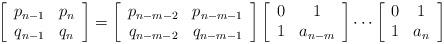
LaTeX: \begin{align*}\left[\begin{array}{cc}p_{n-1} & p_{n}\\ q_{n-1} & q_{n}\end{array}\right]=\left[\begin{array}{cc}p_{n-m-2} & p_{n-m-1}\\ q_{n-m-2}&q_{n-m-1}\end{array}\right]\left[\begin{array}{cc}0 & 1\\ 1 & a_{n-m}\end{array}\right]\cdots\left[\begin{array}{cc}0 & 1\\ 1 & a_{n}\end{array}\right]\end{align*}